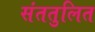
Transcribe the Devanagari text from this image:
संततुलित